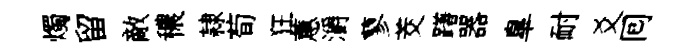
燭留敵穠隷荀狂蕙灂蓼茭躇器臯耐爻囘